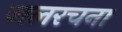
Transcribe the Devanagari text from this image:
जलरचना